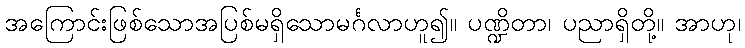
အကြောင်းဖြစ်သောအပြစ်မရှိသောမင်္ဂလာဟူ၍။ ပဏ္ဍိတာ၊ ပညာရှိတို့။ အာဟု၊